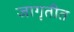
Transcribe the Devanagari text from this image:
जागृतीत